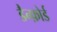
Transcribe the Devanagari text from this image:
डैन्फ़ोर्ड